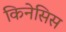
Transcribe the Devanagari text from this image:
किनेसिस